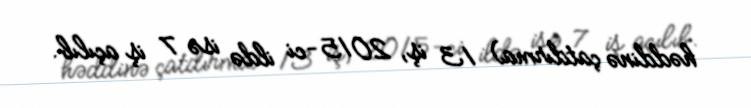
həddinə çatdırma) 13 iş, 2015-ci ildə isə 7 iş açılıb.